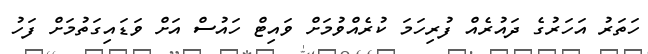
ހަތަރު އަހަރުގެ ދައުރެއް ފުރިހަމަ ކުރެއްވުމަށް ވައިޓް ހައުސް އަށް ވަޑައިގަތުމަށް ފަހު